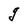
Character: g